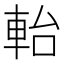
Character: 軩